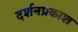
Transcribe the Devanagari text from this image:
दर्शनप्रकाश